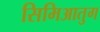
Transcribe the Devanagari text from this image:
सिमिआतुग